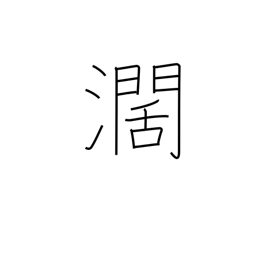
Meaning: wide